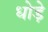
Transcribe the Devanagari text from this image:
धोड़े